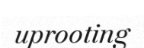
uprooting